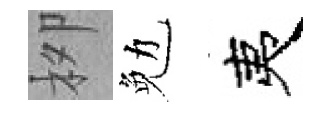
栁勉夷